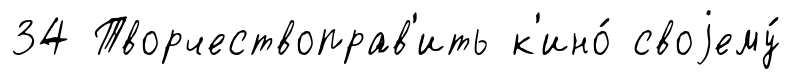
34 Творчествоправ'ить к'ино́ своjему́